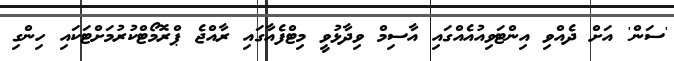
'ސަން' އަށް ދެއްވި އިންޓަވިއުއެއްގައި އާސިމް ވިދާޅުވީ މިޓްފެއާގައި ރާއްޖެ ޕްރޮމޯޓްކުުރުމަށްޓަކައި ހިންގި